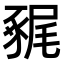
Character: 𧱧